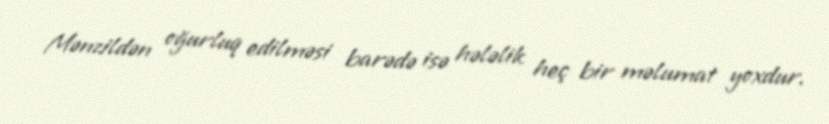
Mənzildən oğurluq edilməsi barədə isə hələlik heç bir məlumat yoxdur.